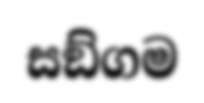
සඞ්ගම